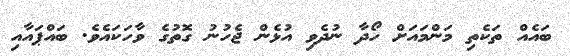
ބައެއް ތަކެތި މަންމައަށް ހޯދާ ނުދެވި އުޅެން ޖެހުނު ގޮތުގެ ވާހަކައެވެ. ބައްޕައާއި